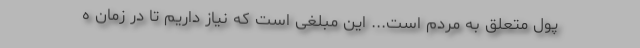
پول متعلق به مردم است... این مبلغی است که نیاز داریم تا در زمان ه